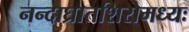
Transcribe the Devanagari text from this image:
नन्दाघ्रातशिरोमध्यः